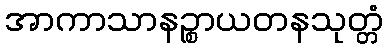
အာကာသာနဉ္စာယတနသုတ္တံ